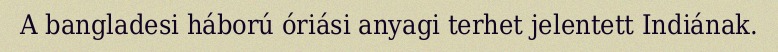
A bangladesi háború óriási anyagi terhet jelentett Indiának.